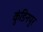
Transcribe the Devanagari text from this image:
कुंडिनपुर